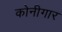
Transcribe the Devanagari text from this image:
कोनीगार